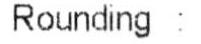
ROUNDING: